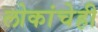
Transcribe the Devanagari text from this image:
लोकांचेही